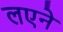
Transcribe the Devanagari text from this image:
लएने